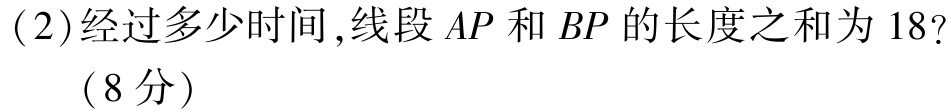
(2)经过多少时间,线段 \(AP\) 和 \(BP\) 的长度之和为 \(18\)?

（8分）